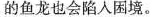
的鱼龙也会陷入困境。